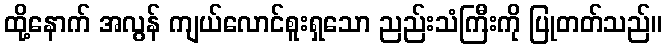
ထို့နောက် အလွန် ကျယ်လောင်စူးရှသော ညည်းသံကြီးကို ပြုတတ်သည်။